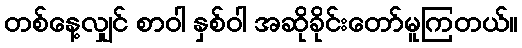
တစ်နေ့လျှင် စာဝါ နှစ်ဝါ အဆိုခိုင်းတော်မူကြတယ်။